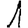
Digit: 1